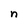
Character: n